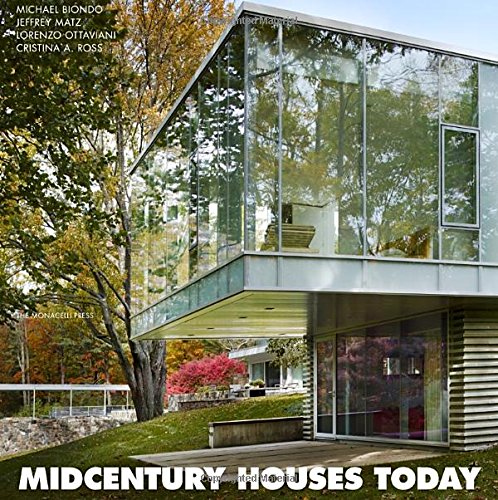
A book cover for Midcentury Houses Today; Lorenzo Ottaviani; Crafts, Hobbies & Home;